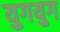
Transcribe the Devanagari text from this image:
युगयुग